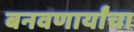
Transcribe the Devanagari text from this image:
बनवणार्यांचा